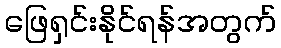
ဖြေရှင်းနိုင်ရန်အတွက်